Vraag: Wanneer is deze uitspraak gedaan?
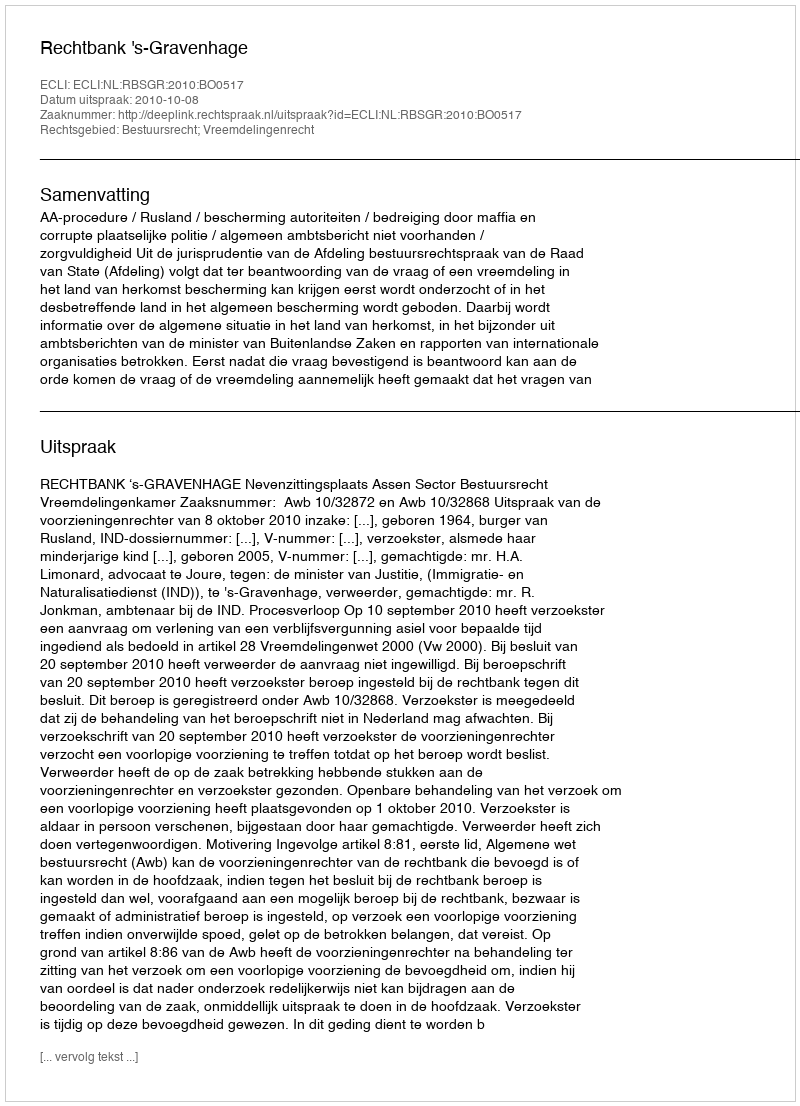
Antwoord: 2010-10-08